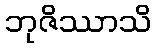
ဘုဇိဿာသိ